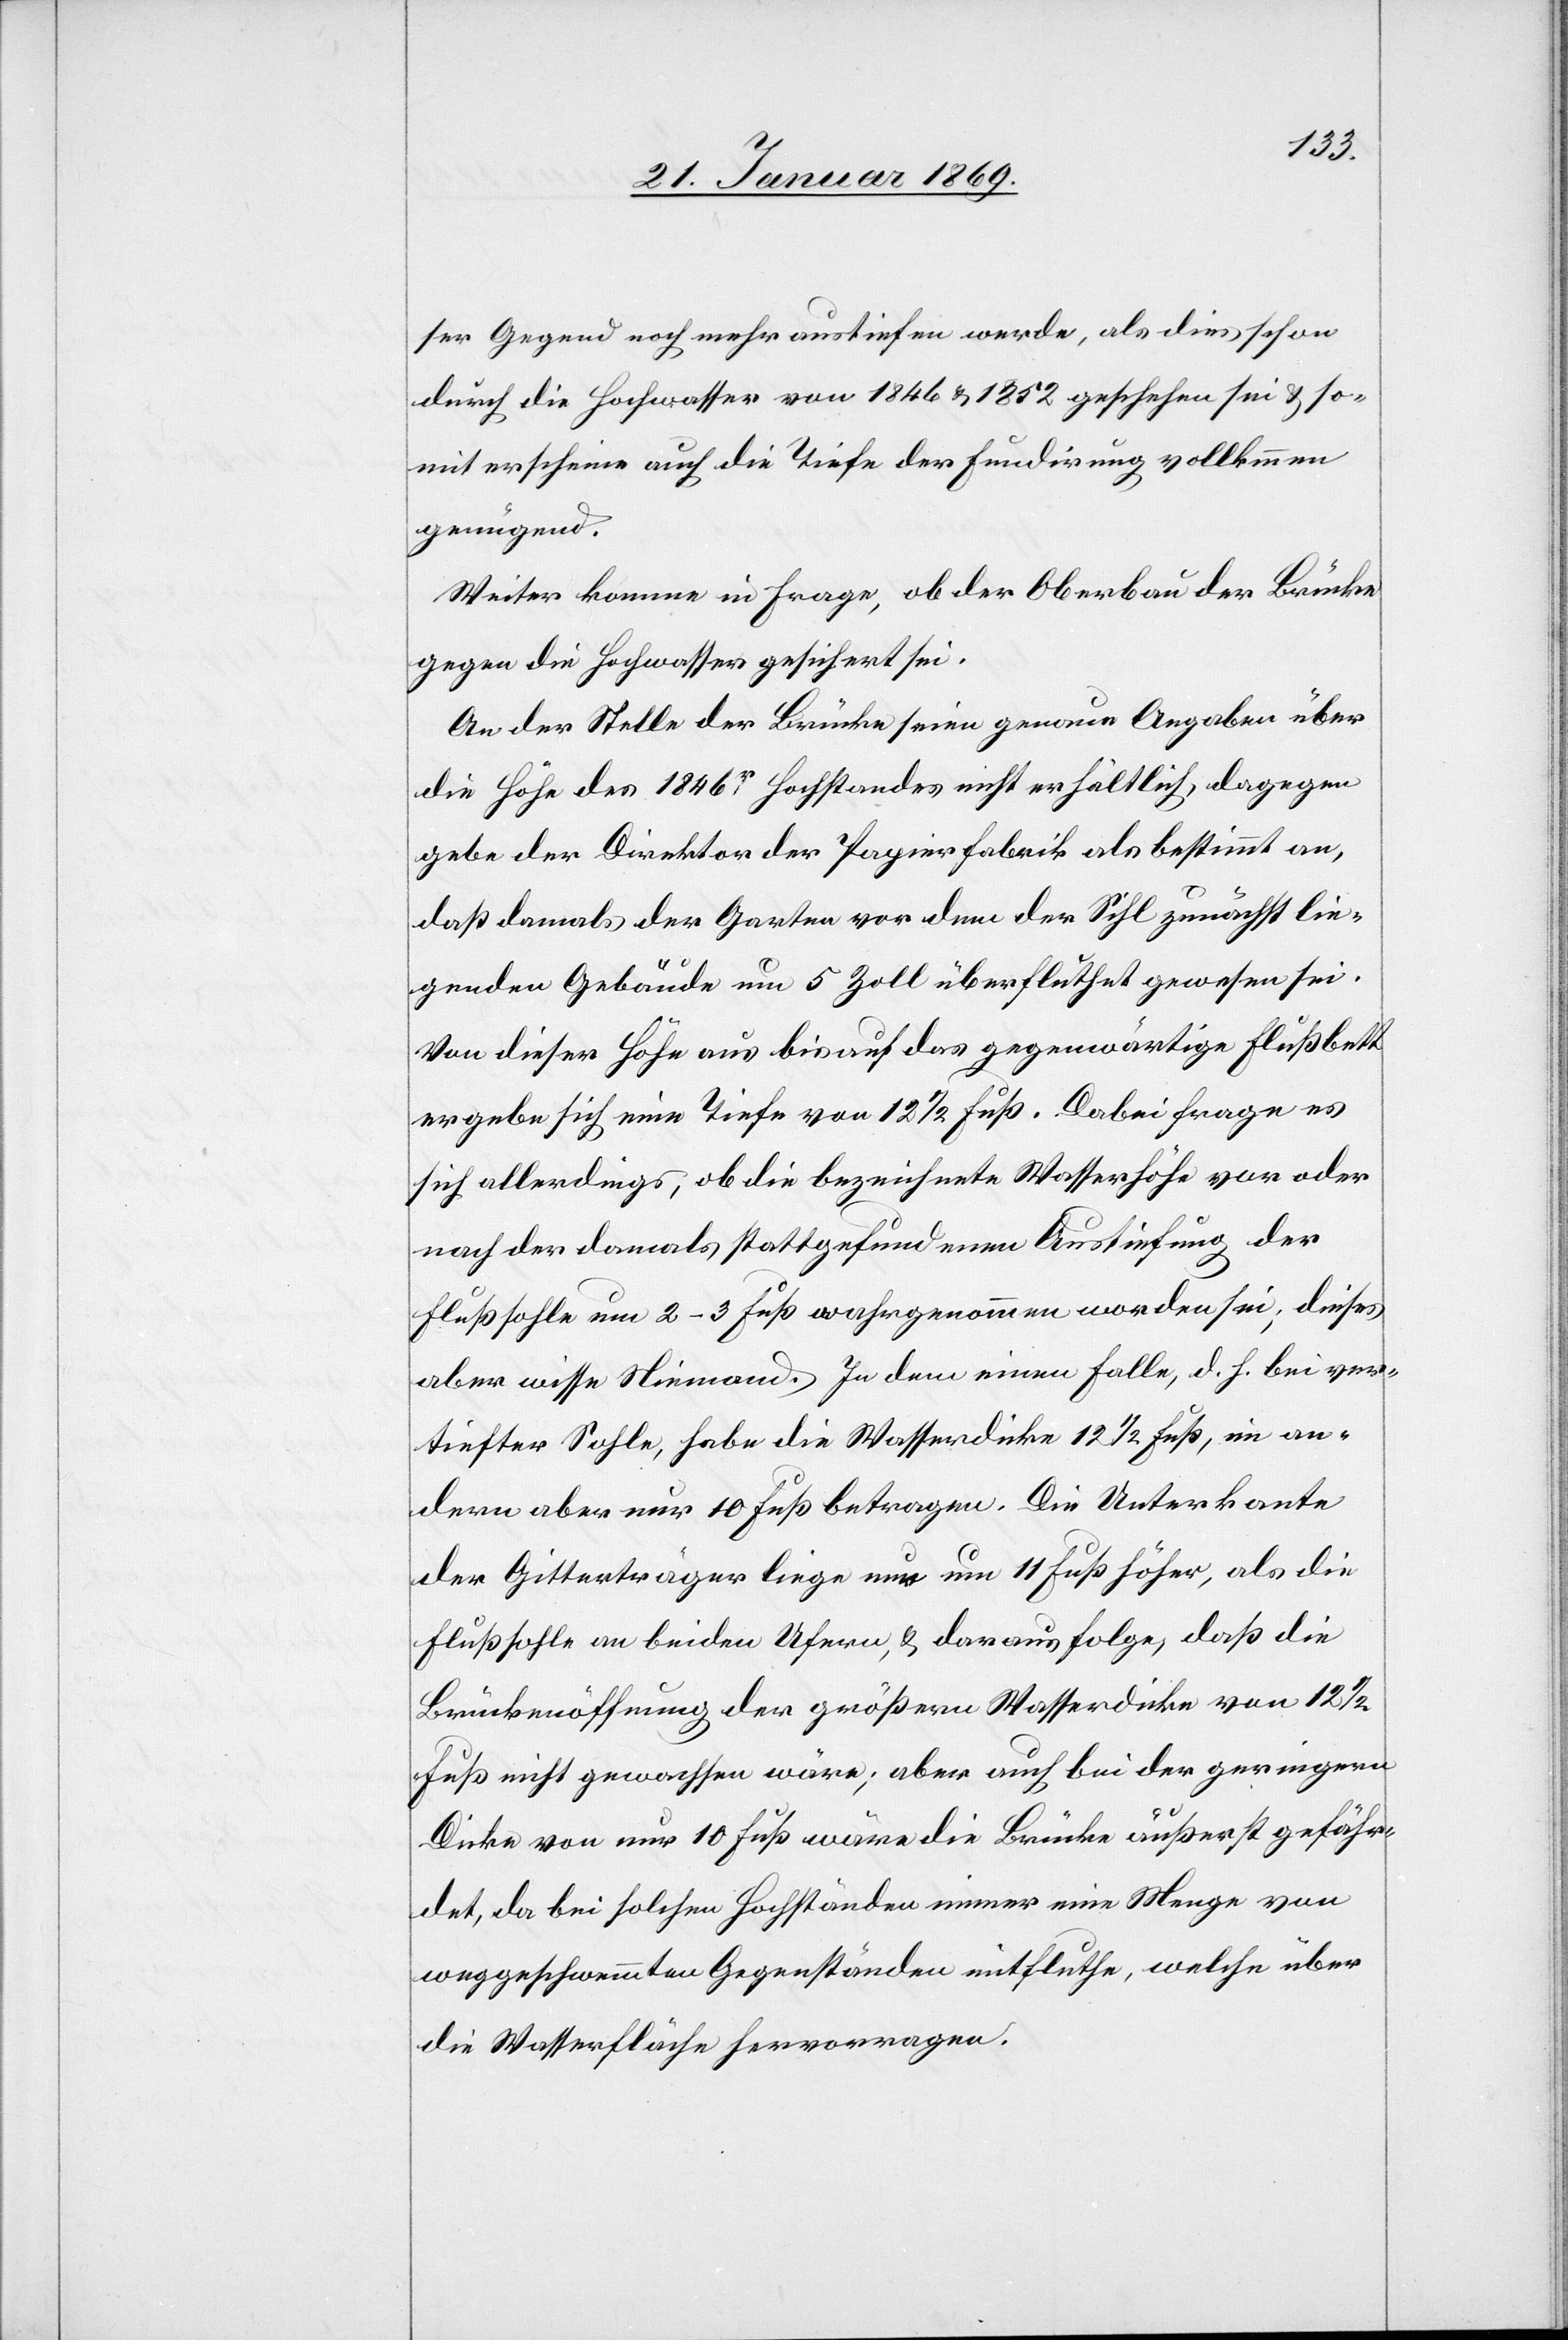
ser Gegend noch mehr austiefen werde, als dies schon
durch die Hochwasser von 1846 & 1852 geschehen sei & so¬
mit erscheine auch die Tiefe der Fundirung vollkommen
genügend.
Weiter komme in Frage, ob der Oberbau der Brücke
gegen die Hochwasser gesichert sei.
An der Stelle der Brücke seien genaue Angaben über
die Höhe des 1846r Hochstandes nicht erhältlich, dagegen
gebe der Direktor der Papierfabrik als bestimmt an,
daß damals der Garten vor dem der Sihl zunächst lie¬
genden Gebäude um 5 Zoll überfluthet gewesen sei.
Von dieser Höhe aus bis auf das gegenwärtige Flußbett
ergebe sich eine Tiefe von 12 1/2 Fuß. Dabei frage es
sich allerdings, ob die bezeichnete Wasserhöhe vor oder
nach der damals stattgefundenen Austiefung der
Flußsohle um 2–3 Fuß wahrgenommen worden sei, dieses
aber wisse Niemand. In dem einen Falle, d. h. bei ver¬
tiefter Sohle, habe die Wasserdicke 12 1/2 Fuß, in an¬
dern aber nur 10 Fuß betragen. Die Unterkante
der Gitterträger liege nun um 11 Fuß höher, als die
Flußsohle an beiden Ufern, & daraus folge, daß die
Brückenöffnung der größern Wasserdicke von 12
Fuß nicht gewachsen wäre; aber auch bei der geringeren
Dicke von nur 10 Fuß wäre die Brücke äußerst gefähr¬
det, da bei solchen Hochständen immer eine Menge von
weggeschwemmten Gegenständen mitfluthe, welche über
die Wasserfläche hervorragen.